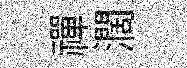
禪濶